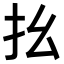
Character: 𢩼